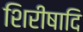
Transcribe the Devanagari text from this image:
शिरीषादि